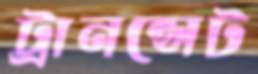
ট্রানন্সেট